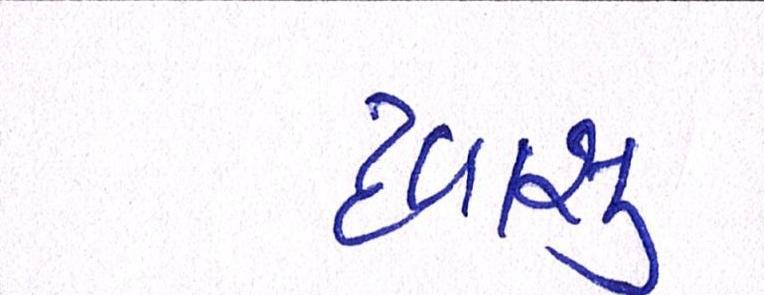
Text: દવાસુ